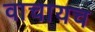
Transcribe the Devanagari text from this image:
वाचायच